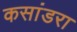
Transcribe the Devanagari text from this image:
कसांडरा